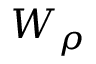
W _ { \rho }